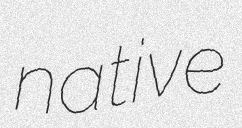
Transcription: native